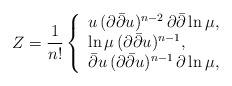
\begin{align*}Z= \frac{1}{n!} \left\{ \begin{array}{l} u \, ( \partial \bar{\partial} u )^{n-2} \, \partial \bar{\partial} \ln \mu, \\\ln \mu \, ( \partial \bar{\partial} u )^{n-1}, \\ \bar{\partial} u \,( \partial \bar{\partial} u )^{n-1} \, \partial \ln \mu,\end{array} \right.\end{align*}